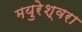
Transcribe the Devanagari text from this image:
मयुरेश्वरा